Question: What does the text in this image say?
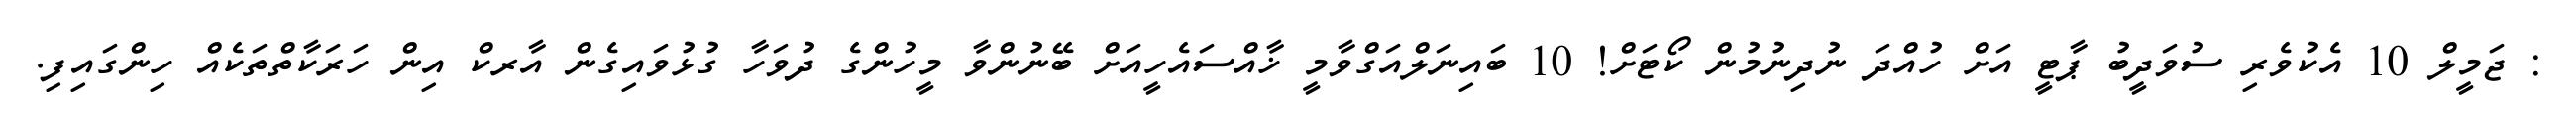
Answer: : ޖަމީލް 10 އެކުވެރި ސުވަދީބު ޕާޓީ އަށް ހުއްދަ ނުދިނުމުން ކޯޓަށް! 10 ބައިނަލްއަގްވާމީ ޚާއްސައެހީއަށް ބޭނުންވާ މީހުންގެ ދުވަހާ ގުޅުވައިގެން އާރކް އިން ހަރަކާތްތަކެއް ހިންގައިފި.